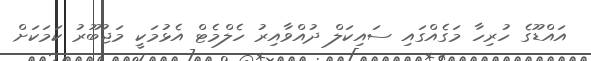
އައްޑޫގެ ހުރިހާ މަގެއްގައި ސައިކަލް ދުއްވާއިރު ހެލްމެޓް އެޅުމަކީ މަޖުބޫރު ކަމަކަށް